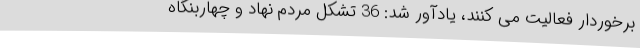
برخوردار فعالیت می کنند، یادآور شد: 36 تشکل مردم نهاد و چهاربنگاه